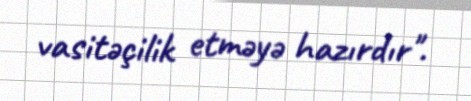
vasitəçilik etməyə hazırdır".